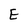
Character: E